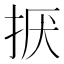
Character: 𢬍